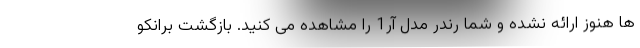
ها هنوز ارائه نشده و شما رندر مدل آر1 را مشاهده می کنید. بازگشت برانکو